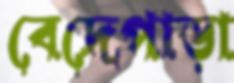
বেদেপাড়া